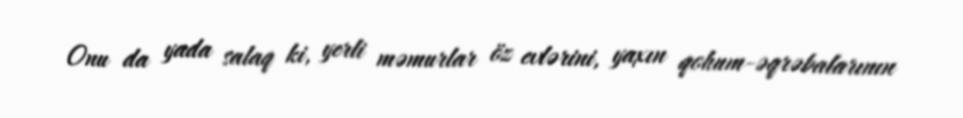
Onu da yada salaq ki, yerli məmurlar öz evlərini, yaxın qohum-əqrəbalarının